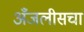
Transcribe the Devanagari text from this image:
अँजलीसचा